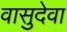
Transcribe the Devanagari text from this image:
वासुदेवा